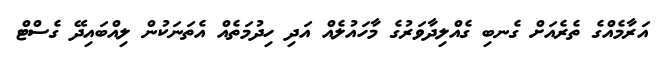
އަރާމެއްގެ ތެރެއަށް ގެނބި ގެއްލިދާވަރުގެ މާހައުލެއް އަދި ހިދުމަތެއް އެތަނަކުން ލިއްބައިދޭ ގެސްޓް